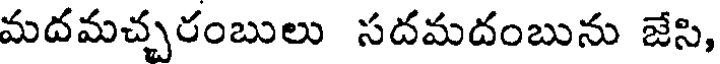
మదమచ్చరంబులు సదమదంబును జేసి,